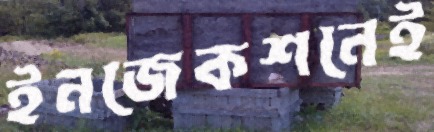
ইনজেকশনেই